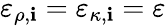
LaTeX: \varepsilon_{\rho,\mathbf{i}}=\varepsilon_{\kappa,\mathbf{i}}=\varepsilon